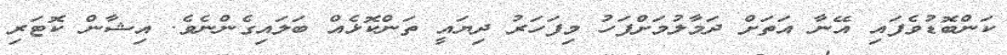
ކަންބޮޑުވެފައި އޭނާ އަތަށް ދަމާލުމަށްފަހު މިފަހަރު ދިޔައީ ތަންކޮޅެއް ބަލައިގެންނެވެ. އިޝާން ކޮޓަރި